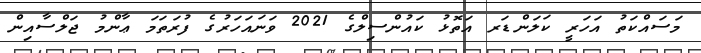
މަސައްކަތު އަހަރީ ކަލަންޑަރ އަތޮޅު ކައުންސިލްގެ 2021 ވަނައަހަރުގެ ފުރަތަމަ ޢާންމު ޖަލްސާއިން